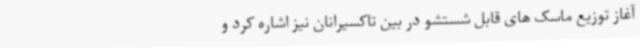
آغاز توزیع ماسک های قابل شستشو در بین تاکسیرانان نیز اشاره کرد و